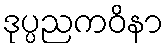
ဒုပ္ပညကဝိနာ